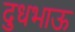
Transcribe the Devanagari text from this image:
दुधभाऊ